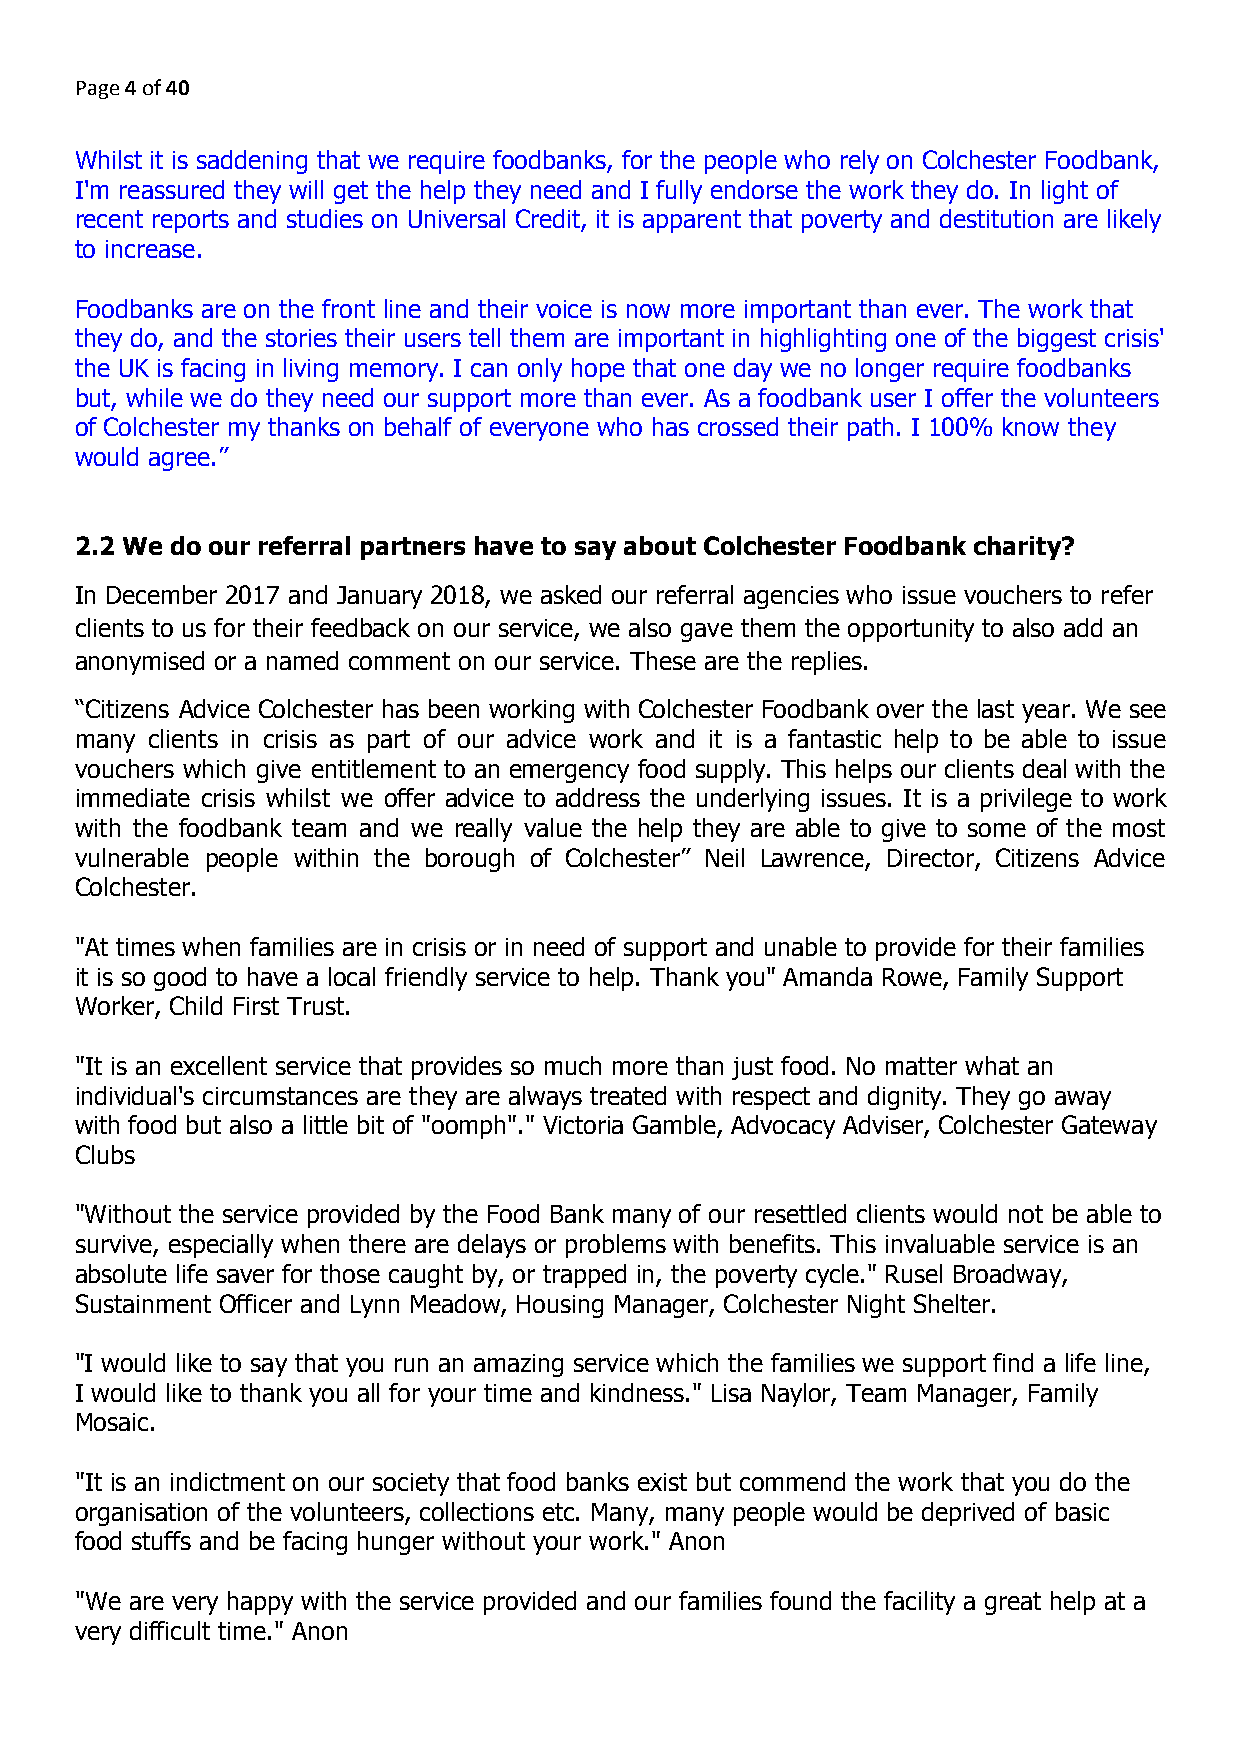
Page 4 of 40
 ​​
 Whilst it is saddening that we require foodbanks, for the people who rely on Colchester Foodbank,
 I'm reassured they will get the help they need and I fully endorse the work they do. In light of
 recent reports and studies on Universal Credit, it is apparent that poverty and destitution are likely
 to increase.
 Foodbanks are on the front line and their voice is now more important than ever. The work that
 they do, and the stories their users tell them are important in highlighting one of the biggest crisis'
 the UK is facing in living memory. I can only hope that one day we no longer require foodbanks
 but, while we do they need our support more than ever. As a foodbank user I offer the volunteers
 of Colchester my thanks on behalf of everyone who has crossed their path. I 100% know they
 would agree.”
 2.2 We do our referral partners have to say about Colchester Foodbank charity?
 In December 2017 and January 2018, we asked our referral agencies who issue vouchers to refer
 clients to us for their feedback on our service, we also gave them the opportunity to also add an
 anonymised or a named comment on our service. These are the replies.
 “Citizens Advice Colchester has been working with Colchester Foodbank over the last year. We see
 many clients in crisis as part of our advice work and it is a fantastic help to be able to issue
 vouchers which give entitlement to an emergency food supply. This helps our clients deal with the
 immediate crisis whilst we offer advice to address the underlying issues. It is a privilege to work
 with the foodbank team and we really value the help they are able to give to some of the most
 vulnerable people within the borough of Colchester” Neil Lawrence, Director, Citizens Advice
 Colchester.
 "At times when families are in crisis or in need of support and unable to provide for their families
 it is so good to have a local friendly service to help. Thank you" Amanda Rowe, Family Support
 Worker, Child First Trust.
 "It is an excellent service that provides so much more than just food. No matter what an
 individual's circumstances are they are always treated with respect and dignity. They go away
 with food but also a little bit of "oomph"." Victoria Gamble, Advocacy Adviser, Colchester Gateway
 Clubs
 "Without the service provided by the Food Bank many of our resettled clients would not be able to
 survive, especially when there are delays or problems with benefits. This invaluable service is an
 absolute life saver for those caught by, or trapped in, the poverty cycle." Rusel Broadway,
 Sustainment Officer and Lynn Meadow, Housing Manager, Colchester Night Shelter.
 "I would like to say that you run an amazing service which the families we support find a life line,
 I would like to thank you all for your time and kindness." Lisa Naylor, Team Manager, Family
 Mosaic.
 "It is an indictment on our society that food banks exist but commend the work that you do the
 organisation of the volunteers, collections etc. Many, many people would be deprived of basic
 food stuffs and be facing hunger without your work." Anon
 "We are very happy with the service provided and our families found the facility a great help at a
 very difficult time." Anon